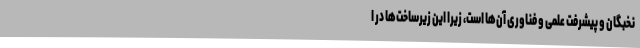
نخبگان و پیشرفت علمی و فناوری آن‌ها است، زیرا این زیرساخت‌ها در ا